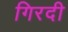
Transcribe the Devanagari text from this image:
गिरदी